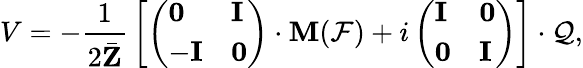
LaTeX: V=-{\frac{1}{2\bar{\mathbf Z}}}\left[\left(\begin{array}{ll}{{{\mathbf 0}}}&{{{\mathbf I}}}\\ {{-{\mathbf I}}}&{{{\mathbf 0}}}\end{array}\right)\cdot{\mathbf M}({\cal F})+i\left(\begin{array}{ll}{{{\mathbf I}}}&{{{\mathbf 0}}}\\ {{{\mathbf 0}}}&{{{\mathbf I}}}\end{array}\right)\right]\cdot{\cal Q},